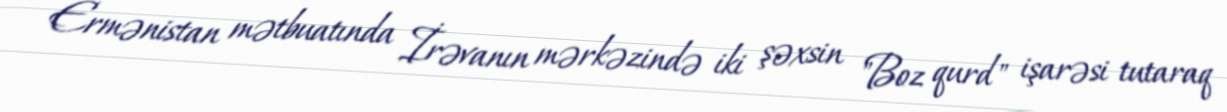
Ermənistan mətbuatında İrəvanın mərkəzində iki şəxsin "Boz qurd" işarəsi tutaraq